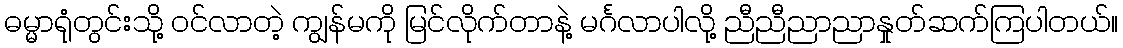
ဓမ္မာရုံတွင်းသို့ ဝင်လာတဲ့ ကျွန်မကို မြင်လိုက်တာနဲ့ မင်္ဂလာပါလို့ ညီညီညာညာနှုတ်ဆက်ကြပါတယ်။